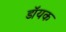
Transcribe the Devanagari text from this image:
डॉयक